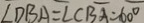
\angle D B A = \angle C B A = 6 0 ^ { \circ }